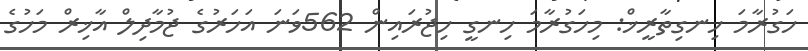
ހަގުރާމަ ހިނގިތާރީޚް: މިހަގުރާމަ ހިނގީ ހިޖުރައިން 562ވަނަ އަހަރުގެ ޖުމާދިލް އާޚިރް މަހުގެ